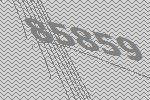
85859